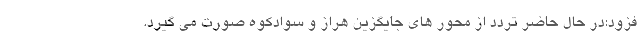
فزود:در حال حاضر تردد از محور های جایگزین هراز و سوادکوه صورت می گیرد.